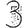
Digit: 3